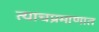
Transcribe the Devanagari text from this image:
त्याचप्रमाणात